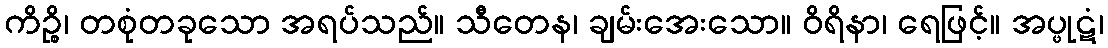
ကိဉ္စိ၊ တစုံတခုသော အရပ်သည်။ သီတေန၊ ချမ်းအေးသော။ ဝိရိနာ၊ ရေဖြင့်။ အပ္ဖုဋံ၊